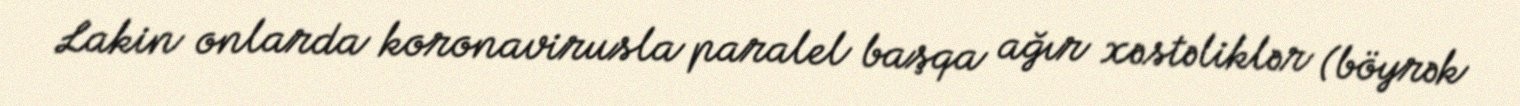
Lakin onlarda koronavirusla paralel başqa ağır xəstəliklər (böyrək